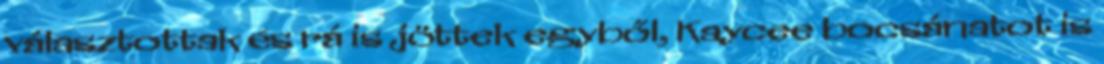
választottak és rá is jöttek egyből, Kaycee bocsánatot is